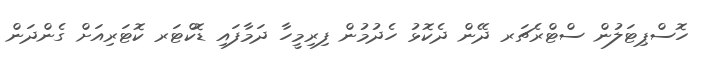
ހޮސްޕިޓަލުން ސްޓްރެޗަރ ދޭން ދެކޮޅު ހެދުމުން ފިރިމީހާ ދަމާފައި ޑޮކްޓަރ ކޮޓަރިއަށް ގެންދަން